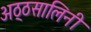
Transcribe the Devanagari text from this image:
अठ्ठसालिनी